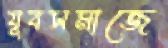
যুবসমাজে